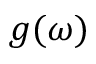
g ( \omega )